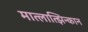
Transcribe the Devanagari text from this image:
मात्लात्झिन्कान